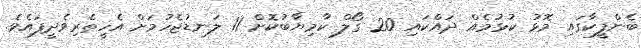
ބެންފީކާގައި މޮޅު ކުޅުމެއް ދައްކައި 20 ގޯލް ކާމިޔާބުކޮށް 11 ލަނޑުޖެހުމަށް އެހީތެރިވެދީފައެވެ.